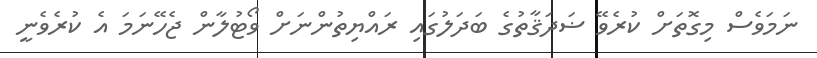
ނަމަވެސް މިގޮތަށް ކުރެވޭ ޟަދަޤާތުގެ ބަދަލުގައި ރައްޔިތުންނަށް ވޯޓުލާން ޖެހޭނަމަ އެ ކުރެވެނީ